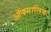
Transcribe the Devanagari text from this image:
ऑक्सालिक